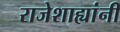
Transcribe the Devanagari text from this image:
राजेशाह्यांनी